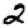
Digit: 2